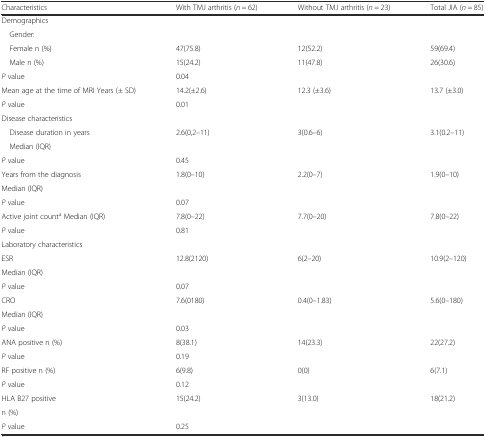
| Characteristics | With TMJ arthritis (n = 62) | Without TMJ arthritis (n = 23) | Total JIA (n = 85) |
 | --- | --- | --- | --- |
 | Demographics |  |  |  |
 | Gender: |  |  |  |
 | Female n (%) | 47(75.8) | 12(52.2) | 59(69.4) |
 | Male n (%) | 15(24.2) | 11(47.8) | 26(30.6) |
 | P value | <COLSPAN=2> 0.04 |  |
 | Mean age at the time of MRI Years (± SD) | 14.2(±2.6) | 12.3 (±3.6) | 13.7 (±3.0) |
 | P value | <COLSPAN=2> 0.01 |  |
 | Disease characteristics |  |  |  |
 | Disease duration in years | <ROWSPAN=2> 2.6(0,2–11) | <ROWSPAN=2> 3(0.6–6) | <ROWSPAN=2> 3.1(0.2–11) |
 | Median (IQR) |
 | P value | <COLSPAN=2> 0.45 |  |
 | Years from the diagnosis | <ROWSPAN=2> 1.8(0–10) | <ROWSPAN=2> 2.2(0–7) | <ROWSPAN=2> 1.9(0–10) |
 | Median (IQR) |
 | P value | <COLSPAN=2> 0.07 |  |
 | Active joint counta Median (IQR) | 7.8(0–22) | 7.7(0–20) | 7.8(0–22) |
 | P value | <COLSPAN=2> 0.81 |  |
 | Laboratory characteristics |  |  |  |
 | ESR | <ROWSPAN=2> 12.8(2120) | <ROWSPAN=2> 6(2–20) | <ROWSPAN=2> 10.9(2–120) |
 | Median (IQR) |
 | P value | <COLSPAN=2> 0.07 |  |
 | CRO | <ROWSPAN=2> 7.6(0180) | <ROWSPAN=2> 0.4(0–1.83) | <ROWSPAN=2> 5.6(0–180) |
 | Median (IQR) |
 | P value | <COLSPAN=2> 0.03 |  |
 | ANA positive n (%) | 8(38.1) | 14(23.3) | 22(27.2) |
 | P value | <COLSPAN=2> 0.19 |  |
 | RF positive n (%) | 6(9.8) | 0(0) | 6(7.1) |
 | P value | <COLSPAN=2> 0.12 |  |
 | HLA B27 positive | <ROWSPAN=2> 15(24.2) | <ROWSPAN=2> 3(13.0) | <ROWSPAN=2> 18(21.2) |
 | n (%) |
 | P value | <COLSPAN=2> 0.25 |  |